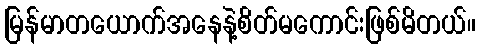
မြန်မာတယောက်အနေနဲ့စိတ်မကောင်းဖြစ်မိတယ်။